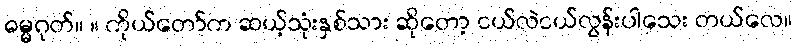
ဓမ္မဂုတ်။ ။ ကိုယ်တော်က ဆယ့်သုံးနှစ်သား ဆိုတော့ ငယ်လဲငယ်လွန်းပါသေး တယ်လေ။